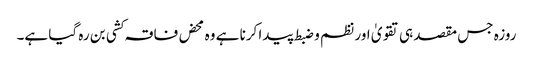
روزہ جس مقصد ہی تقویٰ اور نظم و ضبط پیدا کرنا ہے وہ محض فاقہ کشی بن رہ گیا ہے۔